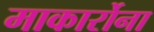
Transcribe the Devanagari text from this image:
माकार्रोना